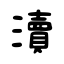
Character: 瀆